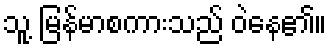
သူ့ မြန်မာစကားသည် ဝဲနေ၏။